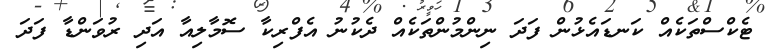
ޓެކްސްތަކެއް ކަނޑައެޅުން ފަދަ ނިންމުންތަކެއް ދެކުނު އެފްރިކާ ސޮމާލިއާ އަދި ރުވަންޑާ ފަދަ